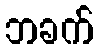
ဘခက်